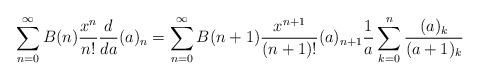
LaTeX: \begin{align*}\sum_{n=0}^\infty B(n) \frac{x^n}{n!} \frac{d}{da}(a)_n =\sum_{n=0}^\infty B(n+1) \frac{x^{n+1}}{(n+1)!} (a)_{n+1} \frac{1}{a} \sum_{k=0}^{n} \frac{(a)_{k}}{(a+1)_{k}}\end{align*}